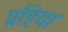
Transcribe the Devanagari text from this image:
ग्रहिया